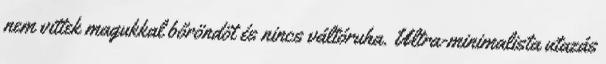
nem vittek magukkal bőröndöt és nincs váltóruha. Ultra-minimalista utazás